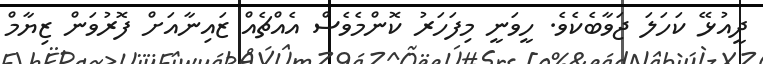
ދީއުޅޭ ކަހަލަ ޖަވާބެކެވެ. ހީވަނީ މިފަހަރު ކޮންމެވެސް އެއްޗެއް ޒައިނާއަށް ފޮރުވަން ޒިޔާމް